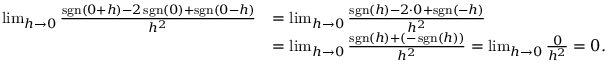
{ \begin{array} { r l } { \operatorname* { l i m } _ { h \to 0 } { \frac { \operatorname { s g n } ( 0 + h ) - 2 \operatorname { s g n } ( 0 ) + \operatorname { s g n } ( 0 - h ) } { h ^ { 2 } } } } & { = \operatorname* { l i m } _ { h \to 0 } { \frac { \operatorname { s g n } ( h ) - 2 \cdot 0 + \operatorname { s g n } ( - h ) } { h ^ { 2 } } } } \\ & { = \operatorname* { l i m } _ { h \to 0 } { \frac { \operatorname { s g n } ( h ) + ( - \operatorname { s g n } ( h ) ) } { h ^ { 2 } } } = \operatorname* { l i m } _ { h \to 0 } { \frac { 0 } { h ^ { 2 } } } = 0 . } \end{array} }